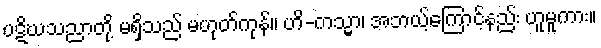
ပဋိဃသညာတို့ မရှိသည် မဟုတ်ကုန်။ ဟိ-ကသ္မာ၊ အဘယ့်ကြောင့်နည်း ဟူမူကား။